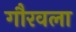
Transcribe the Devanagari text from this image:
गौरवला